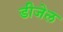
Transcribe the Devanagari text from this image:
डीजेल